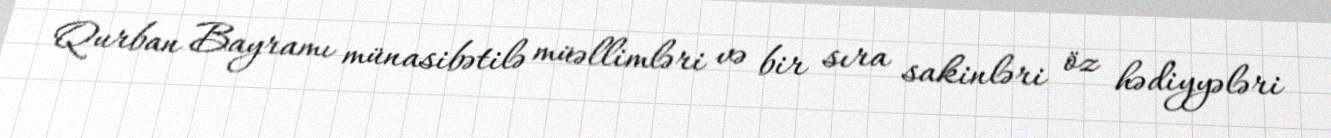
Qurban Bayramı münasibətilə müəllimləri və bir sıra sakinləri öz hədiyyələri